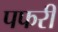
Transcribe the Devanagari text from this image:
पफरी